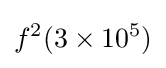
f^{2}(3\times 10^{5})